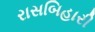
રાસબિહારી